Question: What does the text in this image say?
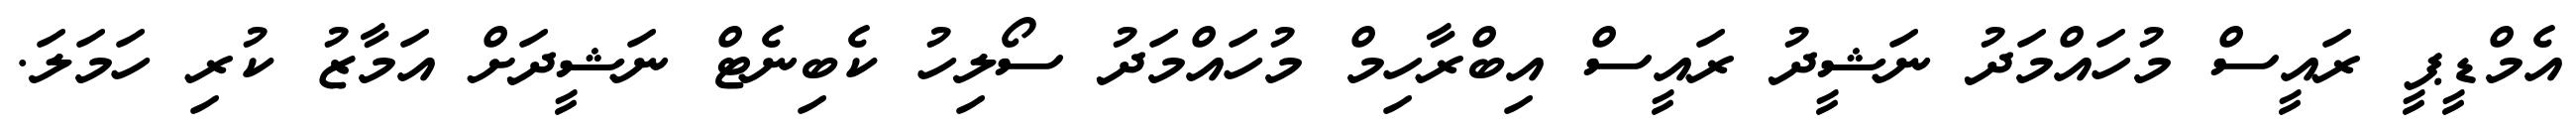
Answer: އެމްޑީޕީ ރައީސް މުހައްމަދު ނަޝީދު ރައީސް އިބްރާހިމް މުހައްމަދު ސޯލިހު ކެބިނެޓް ނަޝީދަށް އަމާޒު ކުރި ހަމަލަ.